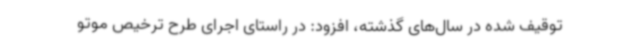
توقیف شده در سال‌های گذشته، افزود: در راستای اجرای طرح ترخیص موتو